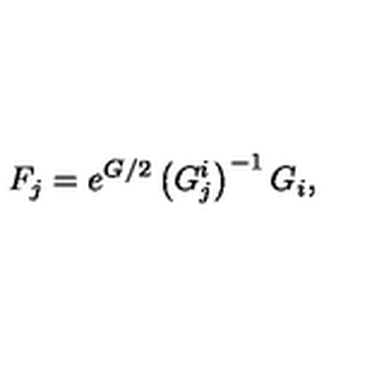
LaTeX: F _ { j } = e ^ { G / 2 } \left( G _ { j } ^ { i } \right) ^ { - 1 } G _ { i } ,